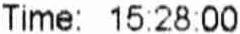
TIME: 15:28:00